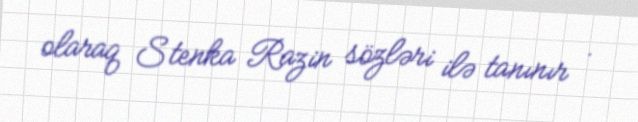
olaraq Stenka Razin sözləri ilə tanınır .